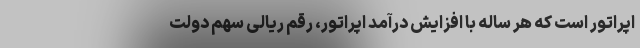
اپراتور است که هر ساله با افزایش درآمد اپراتور، رقم ریالی سهم دولت